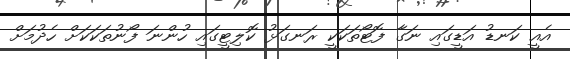
އެއީ ކަނޑު އަޑީގައި ނަގާ ފޮޓޯތަކަކީ ރަނގަޅު ކޮލިޓީގައި ހުންނަ ފޯނުތަކަކަށް ހެދުމަށް